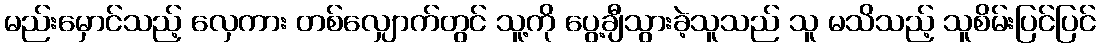
မည်းမှောင်သည့် လှေကား တစ်လျှောက်တွင် သူ့ကို ပွေ့ချီသွားခဲ့သူသည် သူ မသိသည့် သူစိမ်းပြင်ပြင်